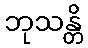
ဘုသန္တိ